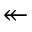
\twoheadleftarrow